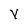
Character: Y